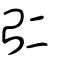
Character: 𠄩